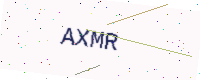
Text: AXMR